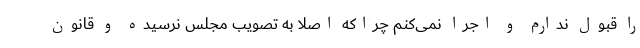
را قبول ندارم و اجرا نمی‌کنم چراکه اصلا به تصویب مجلس نرسیده و قانون